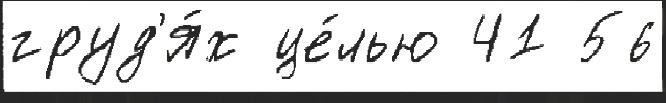
груд'я́х це́лью 41 56